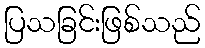
ပြသခြင်းဖြစ်သည်